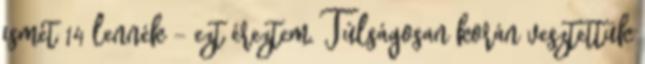
ismét 14 lennék – ezt éreztem. Túlságosan korán vesztettük